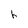
Character: h